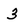
Character: 3